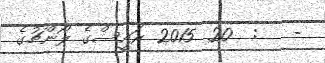
-   :  20